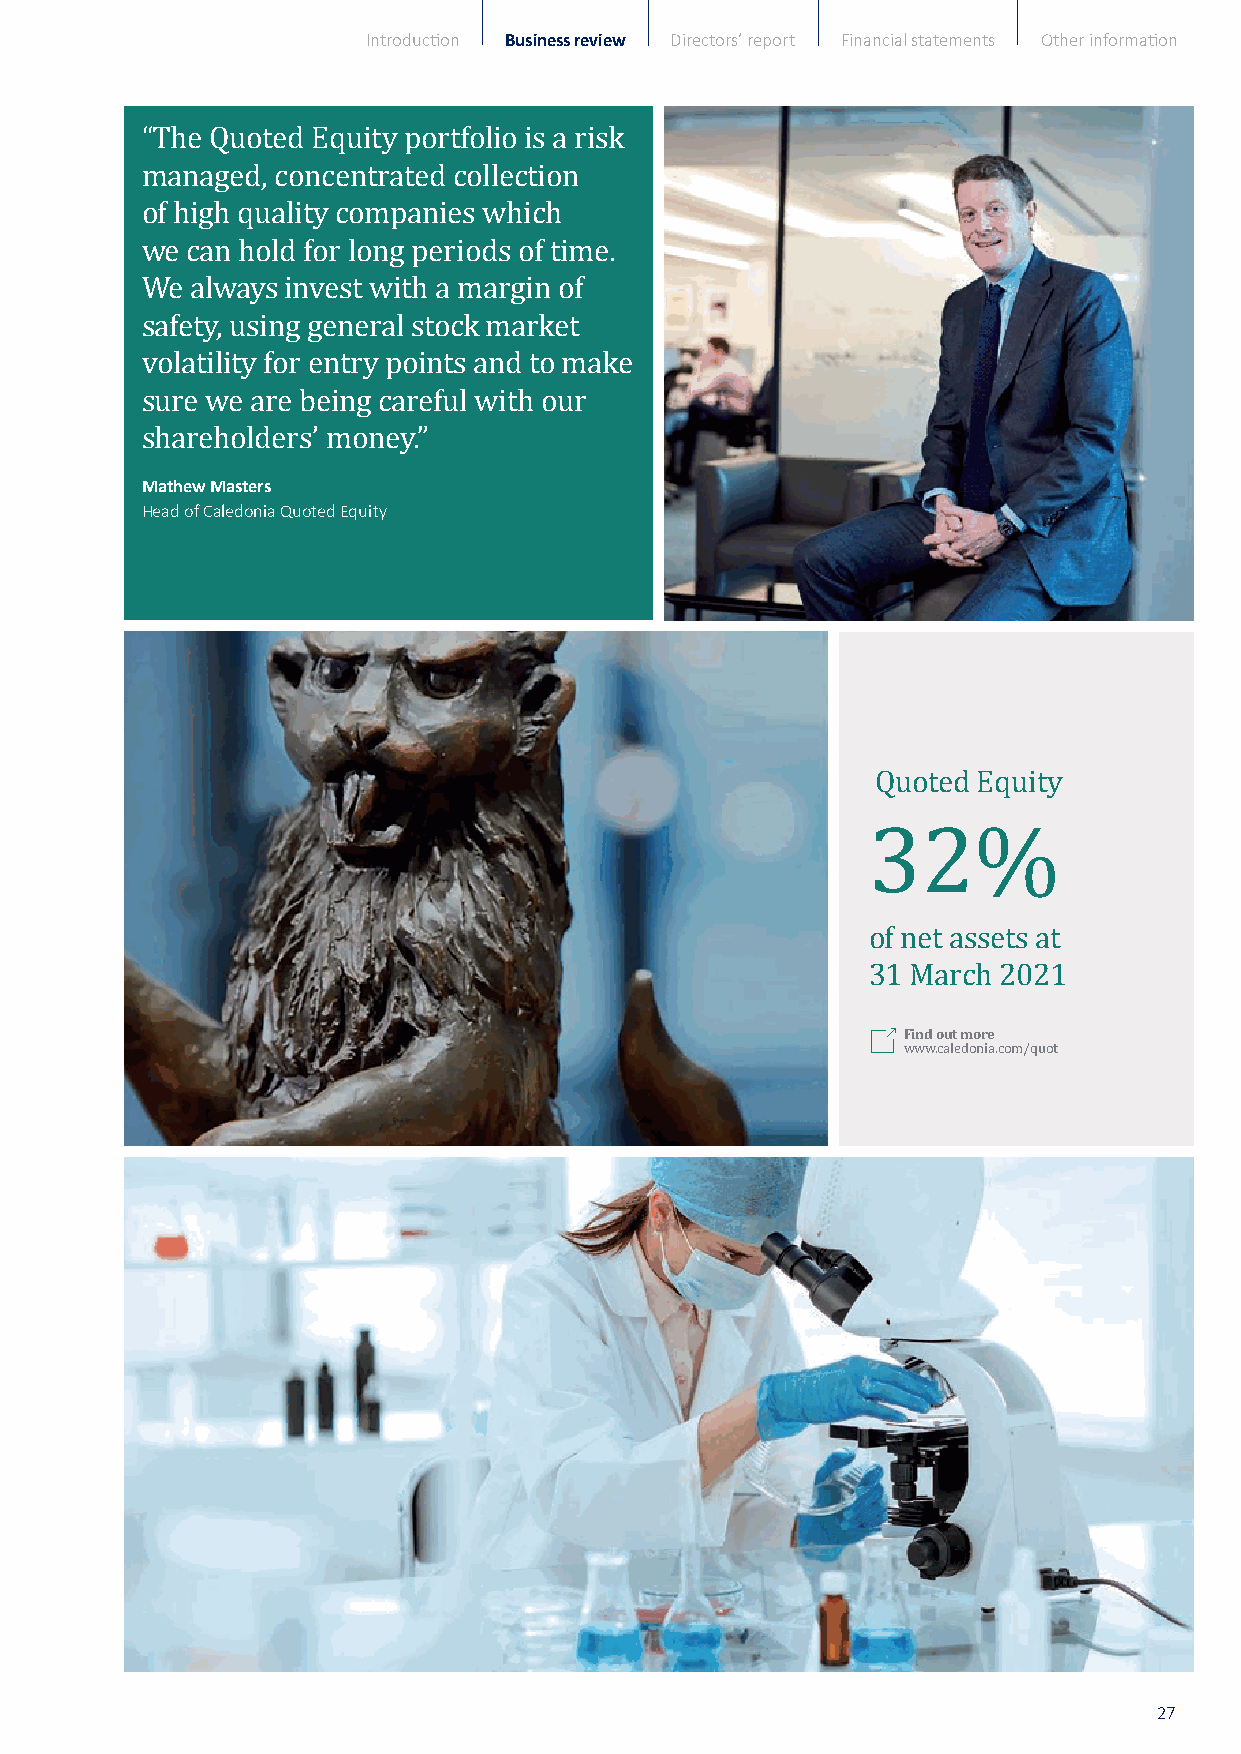
Introduction Business review Directors’ report Financial statements Other information
 “The Quoted Equity portfolio is a risk
 managed, concentrated collection
 of high quality companies which
 we can hold for long periods of time.
 We  always invest with a margin of
 safety, using general stock market
 volatility for entry points and to make
 sure we are being careful with our
 Mathew Masters
 shareholders’ money.”
 Head of Caledonia Quoted Equity
 Quoted Equity
 of net assets at
 331 FMin2d aourt mco%hre 2021
 www.caledonia.com/quot
 27